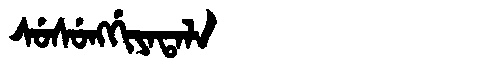
Manchu: ᠰᡠᠰᡠᠩᡤᡳᠶᠠᡨᠠᠯᠠ
Romanization: SUSUNGGIYATALA